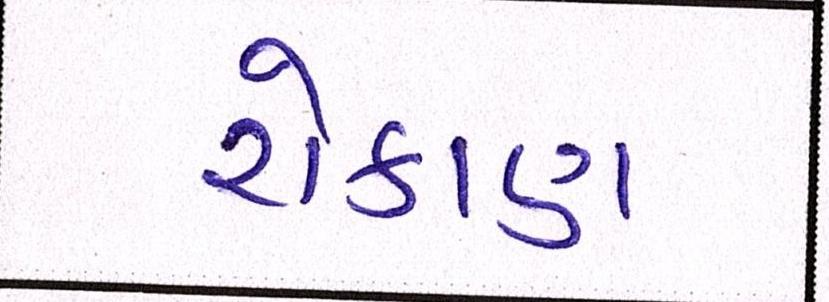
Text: રોકાણ